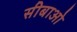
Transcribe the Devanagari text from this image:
सीबाओ